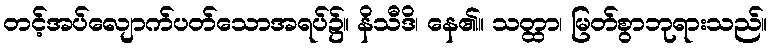
တင့်အပ်လျောက်ပတ်သောအရပ်၌။ နိသီဒိ၊ နေ၏။ သတ္ထာ၊ မြတ်စွာဘုရားသည်။